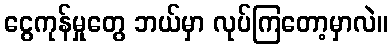
ငွေကုန်မှုတွေ ဘယ်မှာ လုပ်ကြတော့မှာလဲ။